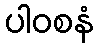
ပါဝစနံ